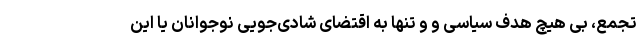
تجمع، بی هیچ هدف سیاسی و و تنها به اقتضای شادی‌جویی نوجوانان یا این